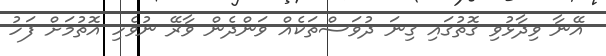
އޭނާ ވިދާޅުވި ގޮތުގައި ގިނަ ދުވަސްތަކެއް ވަންދެން ވާރޭ ނުވެހި އޮތުމަށް ފަހު